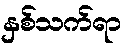
နှစ်သက်ရာ